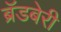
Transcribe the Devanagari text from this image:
ब्रॅडबेरी